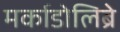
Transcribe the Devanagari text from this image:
मर्काडोलिब्रे